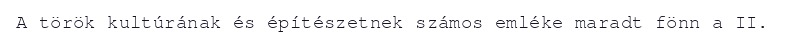
A török kultúrának és építészetnek számos emléke maradt fönn a II.